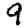
Digit: 9